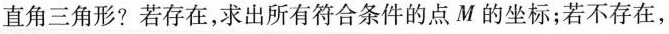
直角三角形?若存在，求出所有符合条件的点M的坐标；若不存在，